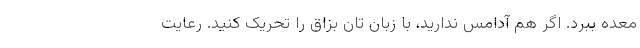
معده ببرد. اگر هم آدامس ندارید، با زبان تان بزاق را تحریک کنید. رعایت